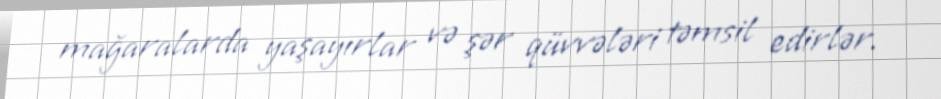
mağaralarda yaşayırlar və şər qüvvələri təmsil edirlər.